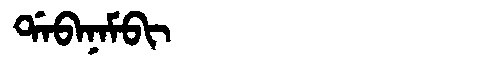
Manchu: ᡩᠠᠪᠠᠨᠠᠮᠪᡳ
Romanization: DABANAMBI